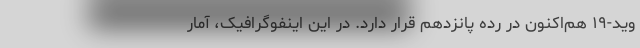
وید-۱۹ هم‌اکنون در رده پانزدهم قرار دارد. در این اینفوگرافیک، آمار